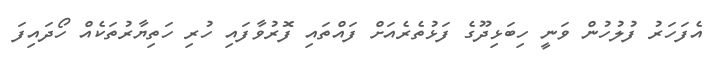
އެފަހަރު ފުލުހުން ވަނީ ހިބަޅިދޫގެ ފަޅުތެރެއަށް ފައްތައި ފޮރުވާފައި ހުރި ހަތިޔާރުތަކެއް ހޯދައިފަ